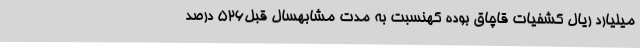
میلیارد ریال کشفیات قاچاق بوده کهنسبت به مدت مشابهسال قبل526 درصد